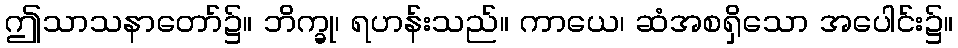
ဤသာသနာတော်၌။ ဘိက္ခု၊ ရဟန်းသည်။ ကာယေ၊ ဆံအစရှိသော အပေါင်း၌။